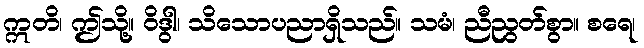
ဣတိ၊ ဤသို့။ ဝိဒွါ၊ သိသောပညာရှိသည်။ သမံ၊ ညီညွတ်စွာ။ စရေ၊